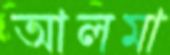
আলমা